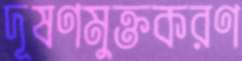
দূষণমুক্তকরণ